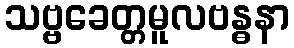
သဗ္ဗခေတ္တမူလဗန္ဓနာ